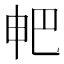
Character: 𤰷